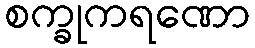
စက္ခုကရဏော